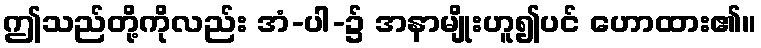
ဤသည်တို့ကိုလည်း အံ-ပါ-၌ အနာမျိုးဟူ၍ပင် ဟောထား၏။